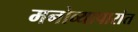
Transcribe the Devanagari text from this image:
मनोव्यापारांत